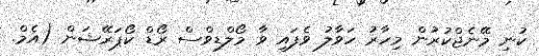
ކުނި މޭނެޖްކުރުން މިހާރު ހަވާލު ވެފައި ވާ މޯލްޑިވްސް ރޯޑް ކޯޕަރޭޝަން (އެމް.